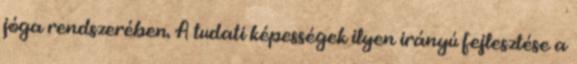
jóga rendszerében. A tudati képességek ilyen irányú fejlesztése a